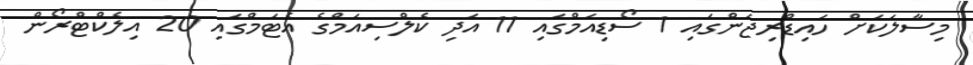
މިސާލަކަށް ހައިޑްރިޖަންގައި 1 ސޯޑިއަމްގައި 11 އަދި ކެލްސިއަމްގެ އެޓަމްގައި 20 އިލެކްޓްރޯން